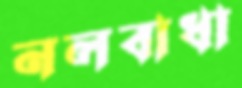
নলবাধা